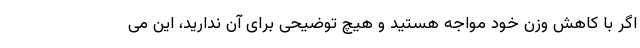
اگر با کاهش وزن خود مواجه هستید و هیچ توضیحی برای آن ندارید، این می